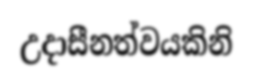
උදාසීනත්වයකිනි